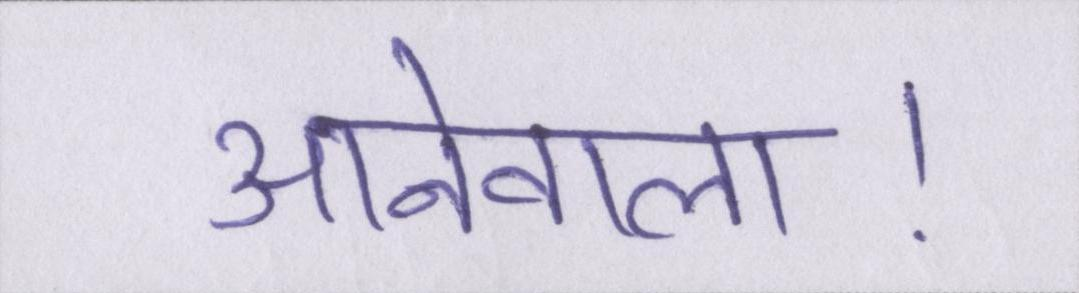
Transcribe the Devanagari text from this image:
आनेवाला।